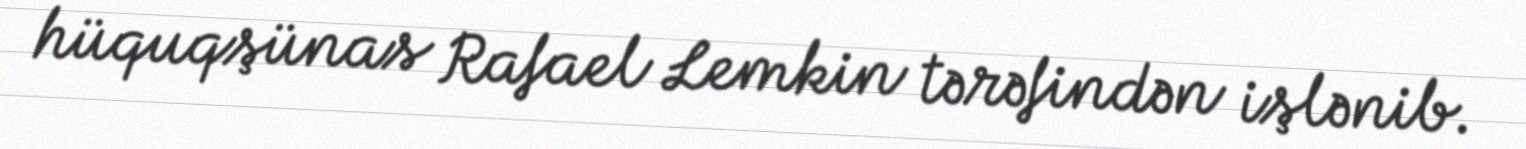
hüquqşünas Rafael Lemkin tərəfindən işlənib.